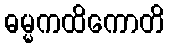
ဓမ္မကထိကောတိ